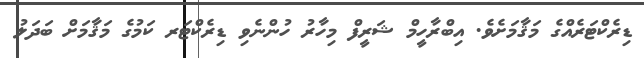
ޑިރެކްޓަރެއްގެ މަޤާމަށެވެ. އިބްރާހީމް ޝަރީފް މިހާރު ހުންނެވި ޑިރެކްޓަރ ކަމުގެ މަޤާމަށް ބަދަލު